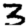
Digit: 3